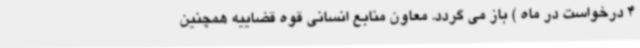
4 درخواست در ماه ) باز می گردد. معاون منابع انسانی قوه قضاییه همچنین